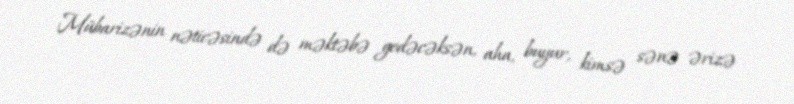
Mübarizənin nəticəsində də məktəbə gedəcəksən, aha, buyur, kimsə sənə ərizə